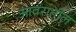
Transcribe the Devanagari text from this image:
आवरातील